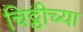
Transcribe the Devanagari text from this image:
चिठ्ठीच्या